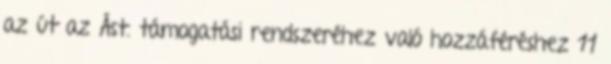
az út az Ást. támogatási rendszeréhez való hozzáféréshez 11